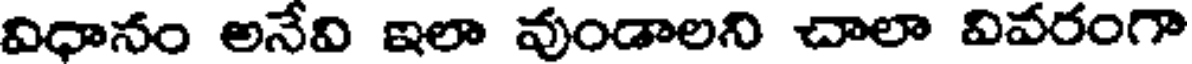
విధానం అనేవి ఇలా వుండాలని చాలా వివరంగా